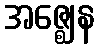
အဇ္ဈေန